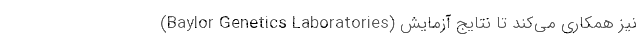
(Baylor Genetics Laboratories) نیز همکاری می‌کند تا نتایج آزمایش‌